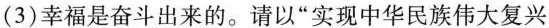
(3)幸福是奋斗出来的。请以”实现中华民族伟大复兴